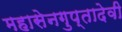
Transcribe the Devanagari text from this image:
महासेनगुप्तादेवी